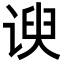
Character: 谀